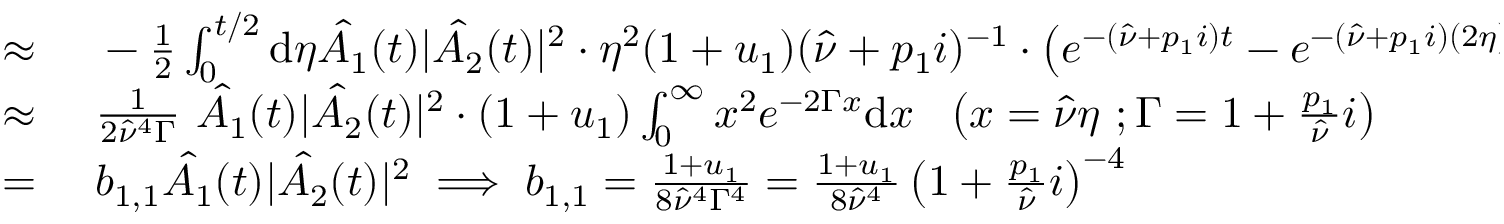
\begin{array} { r l } { \approx \ } & { { } - \frac { 1 } { 2 } \int _ { 0 } ^ { t / 2 } \mathrm { d } \eta \hat { A _ { 1 } } ( t ) | \hat { A _ { 2 } } ( t ) | ^ { 2 } \cdot \eta ^ { 2 } ( 1 + u _ { 1 } ) ( \hat { \nu } + p _ { 1 } i ) ^ { - 1 } \cdot \left( e ^ { - ( \hat { \nu } + p _ { 1 } i ) t } - e ^ { - ( \hat { \nu } + p _ { 1 } i ) ( 2 \eta ) } \right) } \\ { \approx \ } & { { } \frac { 1 } { 2 \hat { \nu } ^ { 4 } \Gamma } \ \hat { A _ { 1 } } ( t ) | \hat { A _ { 2 } } ( t ) | ^ { 2 } \cdot ( 1 + u _ { 1 } ) \int _ { 0 } ^ { \infty } x ^ { 2 } e ^ { - 2 \Gamma x } \mathrm { d } x \ \ \left( x = \hat { \nu } \eta \ ; \Gamma = 1 + \frac { p _ { 1 } } { \hat { \nu } } i \right) } \\ { = \ } & { { } b _ { 1 , 1 } \hat { A _ { 1 } } ( t ) | \hat { A _ { 2 } } ( t ) | ^ { 2 } \implies b _ { 1 , 1 } = \frac { 1 + u _ { 1 } } { 8 \hat { \nu } ^ { 4 } \Gamma ^ { 4 } } = \frac { 1 + u _ { 1 } } { 8 \hat { \nu } ^ { 4 } } \left( 1 + \frac { p _ { 1 } } { \hat { \nu } } i \right) ^ { - 4 } } \end{array}